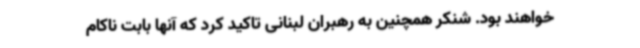
خواهند بود. شنکر همچنین به رهبران لبنانی تاکید کرد که آنها بابت ناکام